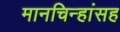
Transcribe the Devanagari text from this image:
मानचिन्हांसह